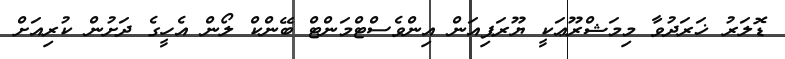
ޑޮލަރު ޚަރަދުވާ މިމަޝްރޫޢަކީ ޔޫރަޕިއަން އިންވެސްޓްމަންޓް ބޭންކް ލޯން އެހީގެ ދަށުން ކުރިއަށް